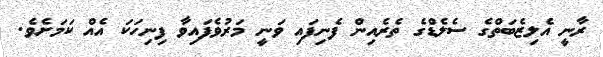
ރާނީ އެލިޒެބަތްގެ ސެލެޑްގެ ތެރެއިން ފެނިފައި ވަނީ މަރުވެފައިވާ ފިނިހަކަ އެއް ކަމަށެވެ.